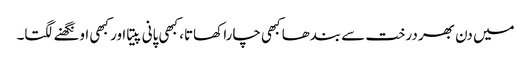
میں دن بھر درخت سے بندھا کبھی چارا کھاتا، کبھی پانی پیتا اور کبھی اونگھنے لگتا۔